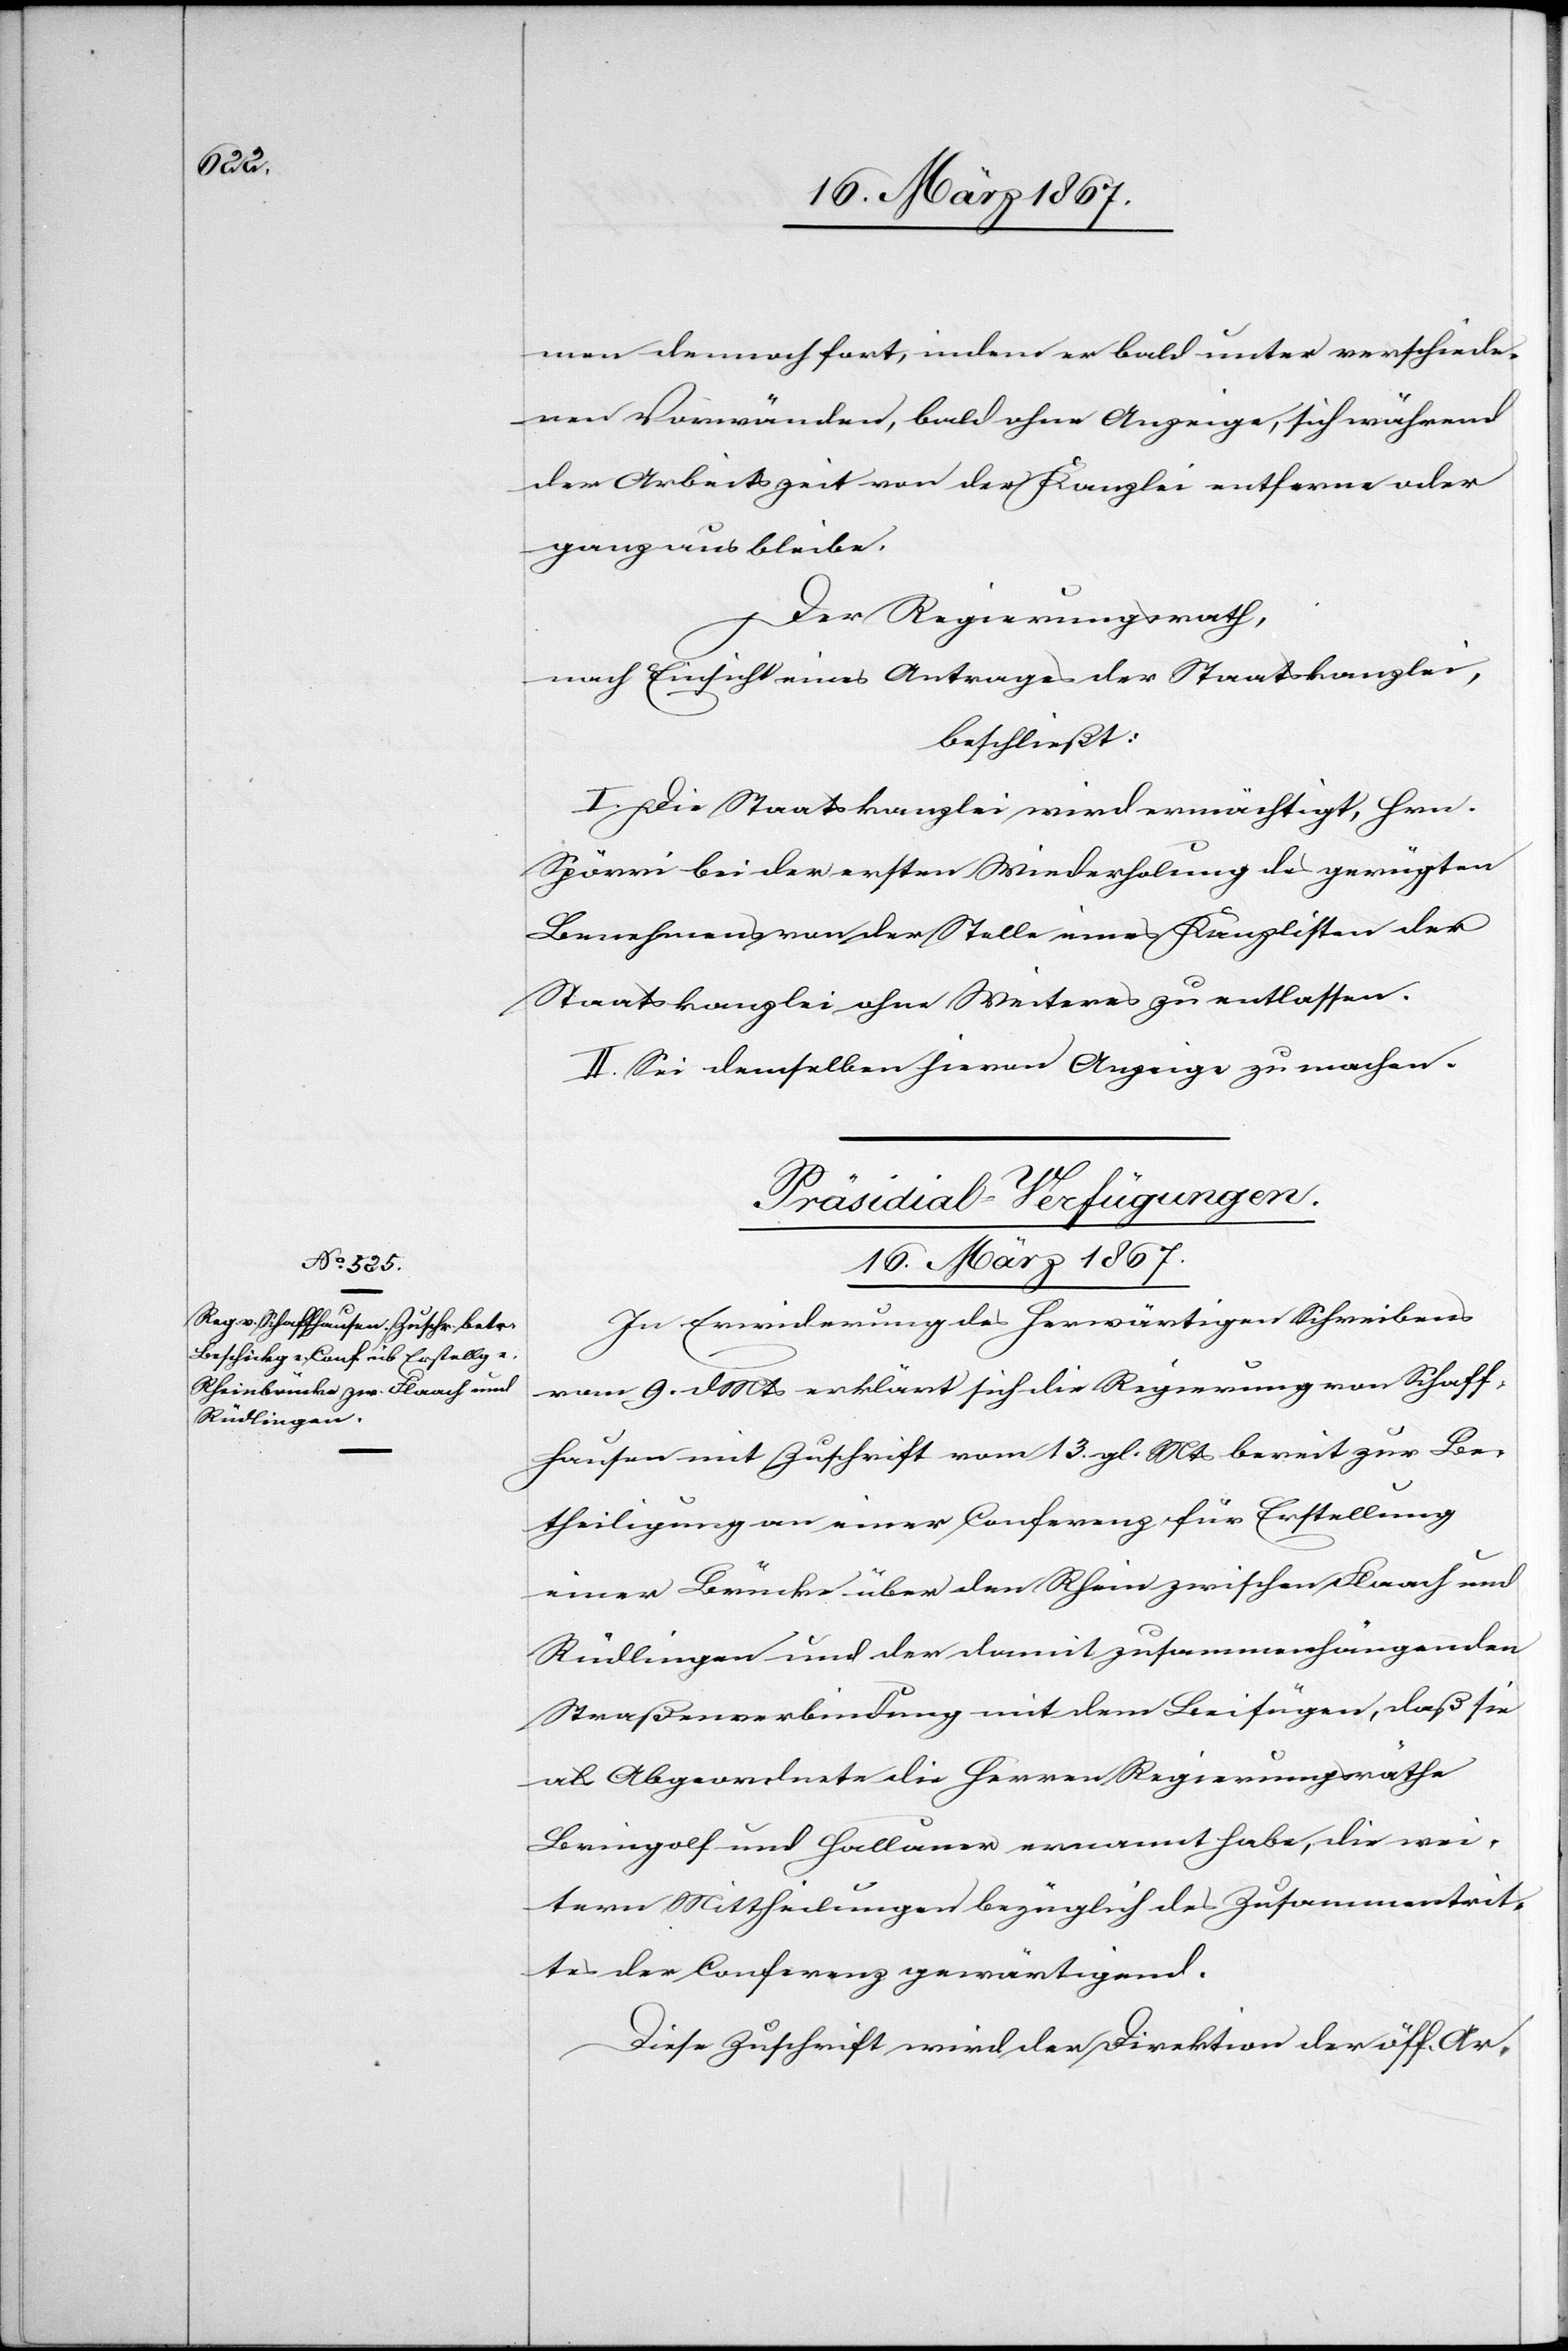
men demnach fort, indem er bald unter verschiede¬
nen Vorwänden, bald ohne Anzeige, sich während
der Arbeitszeit von der Kanzlei entferne oder
ganz aus bleibe.
Der Regierungsrath,
nach Einsicht eines Antrages der Staatskanzlei,
beschließt:
I. Die Staatskanzlei wird ermächtigt, Hrn.
Spörri bei der ersten Wiederholung des gerügten
Benehmens von der Stelle eines Kanzlisten der
Staatskanzlei ohne Weiteres zu entlassen.
II. Sei demselben hievon Anzeige zu machen.
Präsidial-Verfügungen.
16. März 1867.
In Erwiderung des herwärtigen Schreibens
vom 9. d. Mts erklärt sich die Regierung von Schaff¬
hausen mit Zuschrift vom 13. gl. Mts bereit zur Be¬
theiligung an einer Conferenz für Erstellung
einer Brücke über den Rhein zwischen Flaach und
Rüdlingen und der damit zusammenhängenden
Straßenverbindung mit dem Beifügen, daß sie
als Abgeordnete die Herren Regierungsräthe
Bringolf und Halluner ernannt habe, die wei¬
tern Mittheilungen bezüglich des Zusammentrit¬
tes der Conferenz gewärtigend.
Diese Zuschrift wird der Direktion der öff. Ar-